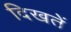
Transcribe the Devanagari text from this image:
दिखतें